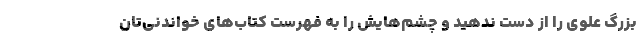
بزرگ علوی را از دست ندهید و چشم‌هایش را به فهرست کتاب‌های خواندنی‌تان